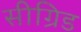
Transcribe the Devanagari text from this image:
सीग्रिड